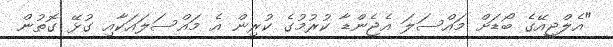
"އެލްޖީއޭގެ ބޯޑަށް މައްސަލަ އެޖެންޑާ ކުރުމުގެ ކުރިން އެ މައްސަލައަކާއި ގުޅޭ ގޮތުން